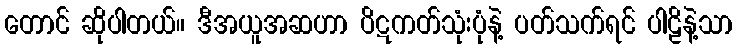
တောင် ဆိုပါတယ်။ ဒီအယူအဆဟာ ပိဋကတ်သုံးပုံနဲ့ ပတ်သက်ရင် ပါဠိနဲ့သာ